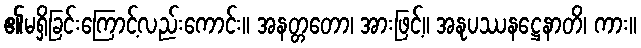
၏မရှိခြင်းကြောင့်လည်းကောင်း။ အနတ္တတော၊ အားဖြင့်။ အနုပဿနဋ္ဌေနာတိ၊ ကား။